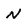
Character: N